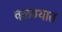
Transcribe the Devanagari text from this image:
वळण्यात